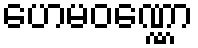
ဟေမဝဏ္ဏော